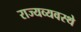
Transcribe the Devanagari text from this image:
राज्यव्यवस्थे